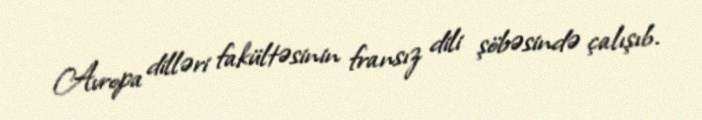
Avropa dilləri fakültəsinin fransız dili şöbəsində çalışıb.